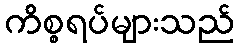
ကိစ္စရပ်များသည်